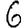
Digit: 6